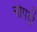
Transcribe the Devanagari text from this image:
चोपड़ी